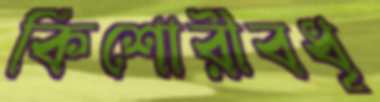
কিশোরীবধূ